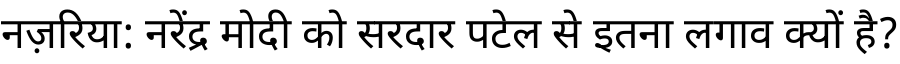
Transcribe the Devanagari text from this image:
नज़रिया: नरेंद्र मोदी को सरदार पटेल से इतना लगाव क्यों है?